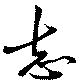
志